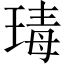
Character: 瑇